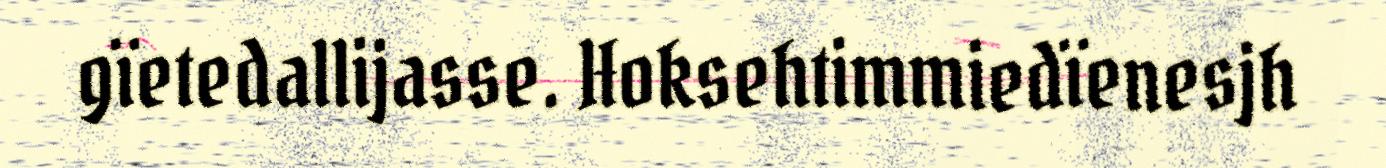
gïetedallijasse. Hoksehtimmiedïenesjh